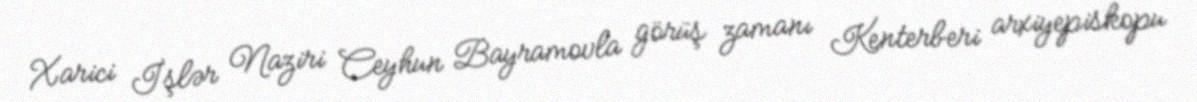
Xarici İşlər Naziri Ceyhun Bayramovla görüş zamanı Kenterberi arxiyepiskopu